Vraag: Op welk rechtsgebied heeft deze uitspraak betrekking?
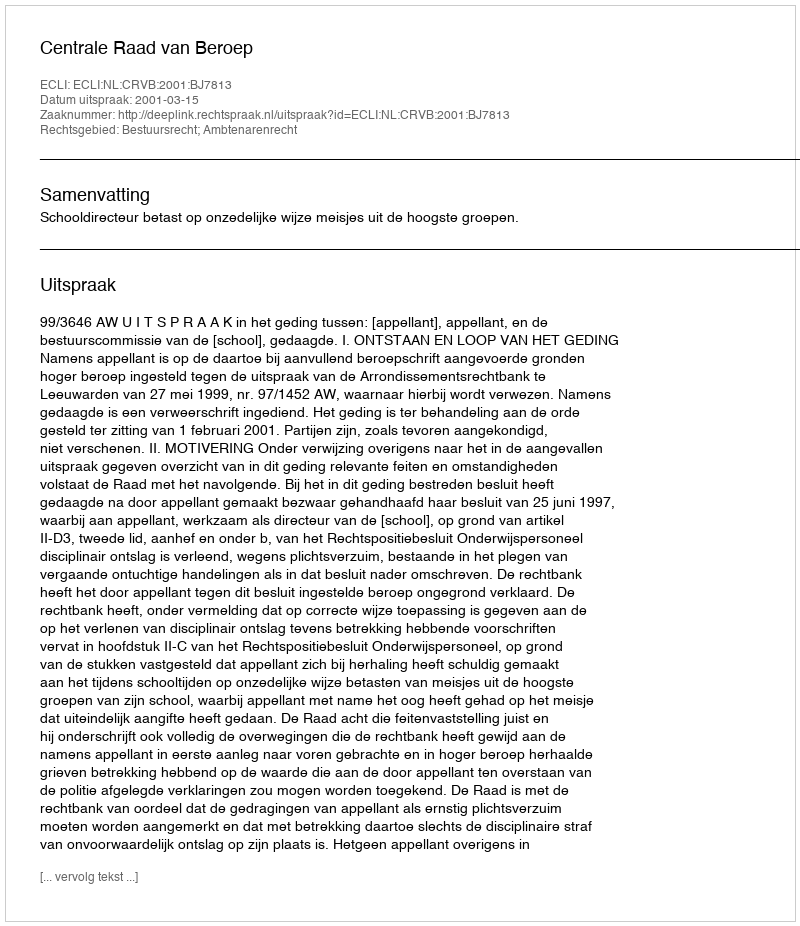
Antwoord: Bestuursrecht; Ambtenarenrecht